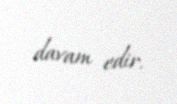
davam edir.